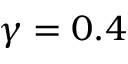
\gamma = 0 . 4